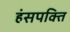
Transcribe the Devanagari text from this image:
हंसपक्ति